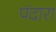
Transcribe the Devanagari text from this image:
पंदारा